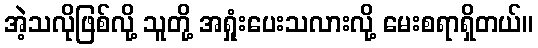
အဲ့သလိုဖြစ်လို့ သူတို့ အရှုံးပေးသလားလို့ မေးစရာရှိတယ်။